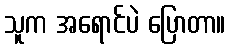
သူက အရောင်ပဲ ပြောတာ။